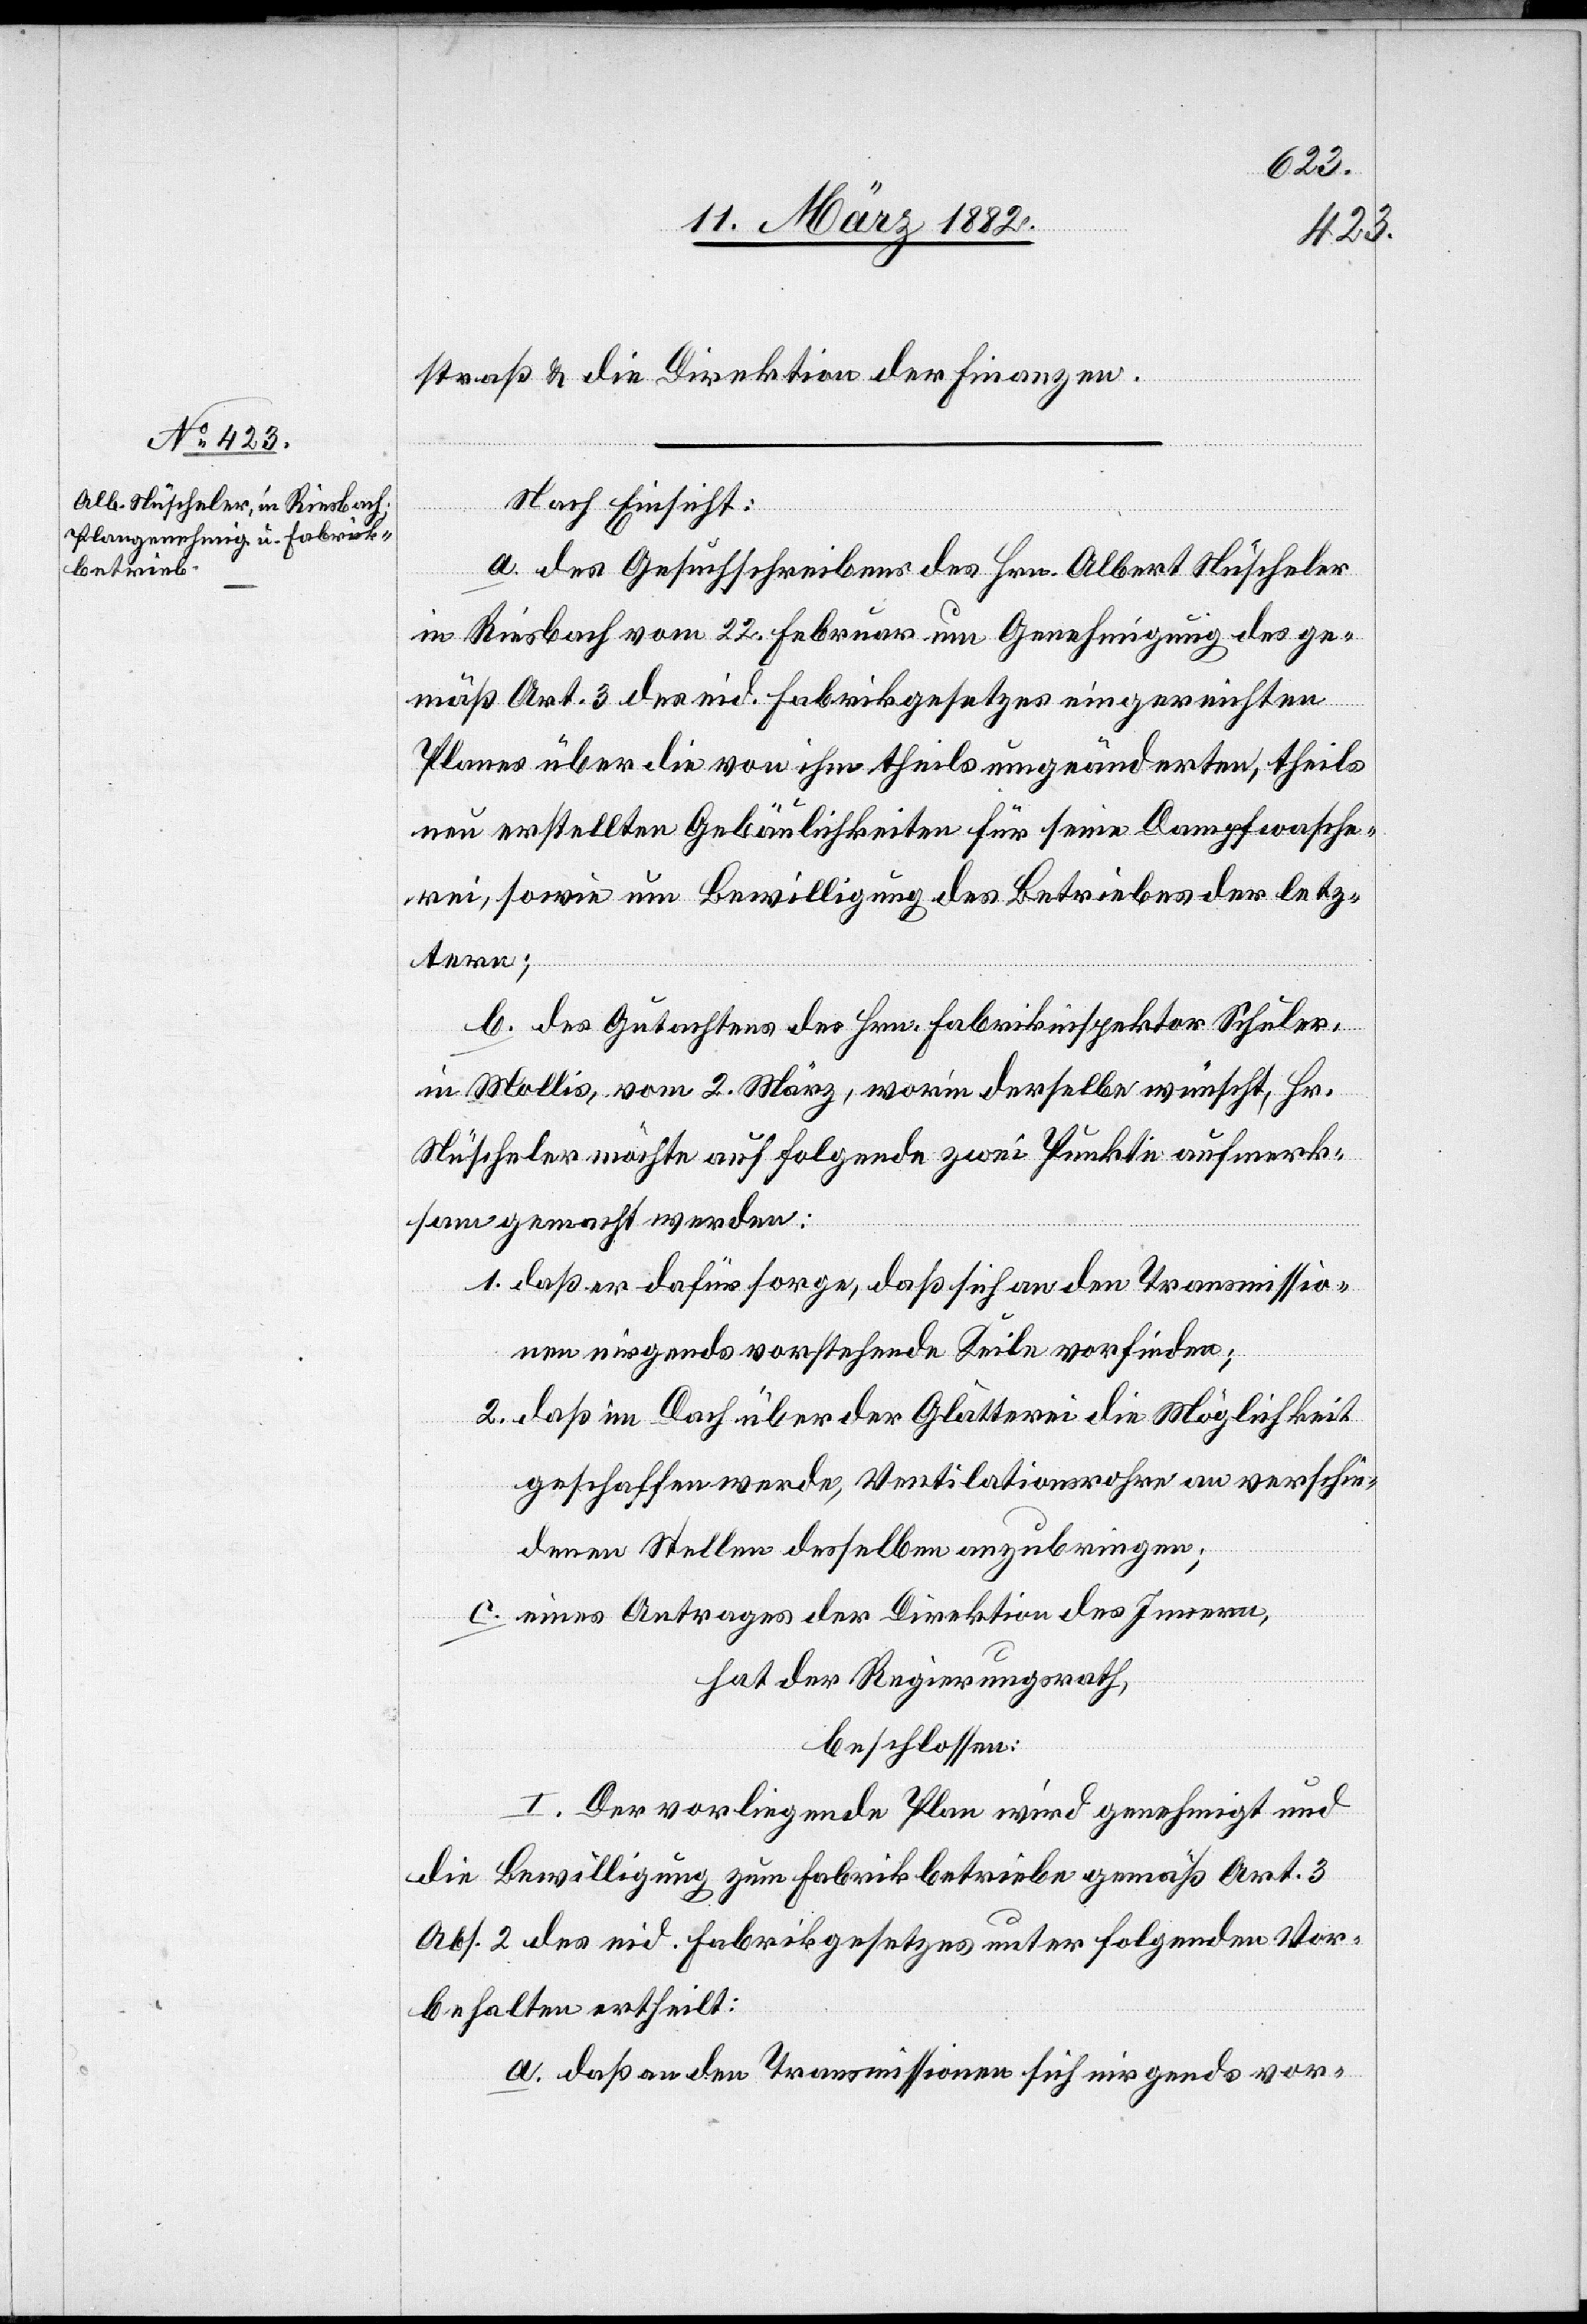
straß & die Direktion der Finanzen.
Nach Einsicht:
a. des Gesuchschreibens des Hrn. Albert Nüscheler
in Riesbach vom 22. Februar um Genehmigung des ge¬
mäß Art. 3 der eid. Fabrikgesetzes eingereichten
Plans über die von ihm theils umgeänderten, theils
neu erstellten Gebäulichkeiten für seine Dampfwasche¬
rei, sowie um Bewilligung des Betriebes der letz¬
tern;
b. des Gutachtens des Hrn. Fabrikinspektor Schuler,
in Mollis, vom 2. März, worin derselbe wünscht, Hr.
Nüscheler möchte auf folgende zwei Punkte aufmerk¬
sam gemacht werden:
1. daß er dafür sorge, daß sich an den Transmissio¬
nen nirgends vorstehende Keile vorfinden;
2. daß im Dach über der Glätterei die Möglichkeit
geschaffen werde, Ventilationsrohre an verschie¬
denen Stellen desselben anzubringen;
c. einen Antrages der Direktion des Innern,
hat der Regierungsrath,
beschlossen:
I. Der vorliegende Plan wird genehmigt und
die Bewilligung zu Fabrikbetriebe gemäß Art. 3
Abs. 2 des eid. Fabrikgesetzes unter folgenden Vor¬
behalten ertheilt:
a. daß an den Transmissionen sich nirgends vor-